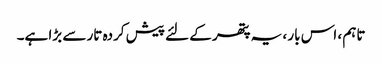
تاہم ، اس بار ، یہ پتھر کے لئے پیش کردہ تار سے بڑا ہے۔